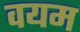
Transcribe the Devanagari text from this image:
वयम